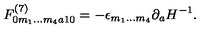
F _ { 0 m _ { 1 } \ldots m _ { 4 } a 1 0 } ^ { ( 7 ) } = - \epsilon _ { m _ { 1 } \ldots m _ { 4 } } \partial _ { a } H ^ { - 1 } .